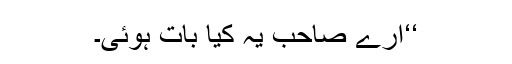
‘‘ارے صاحب یہ کیا بات ہوئی۔